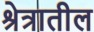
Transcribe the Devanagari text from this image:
श्रेत्रातील